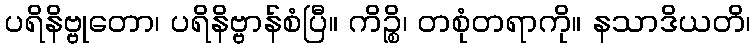
ပရိနိဗ္ဗုတော၊ ပရိနိဗ္ဗာန်စံပြီ။ ကိဉ္စိ၊ တစုံတရာကို။ နသာဒိယတိ၊